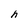
Character: h